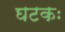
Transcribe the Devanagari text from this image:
घटकः